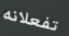
تفعلانه